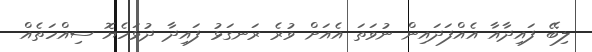
ލިބޭ ފައިދާއާ އެއްފަދައިން ނުވަތަ އެއަށް ވުރެ ރަނގަޅު ފައިދާ ދުޅަހެޔޮ ސިއްހަތެއް